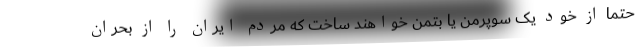
حتما از خود یک سوپرمن یا بتمن خواهند ساخت که مردم ایران را از بحران